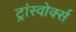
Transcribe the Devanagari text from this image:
ट्रांस्वोर्क्स